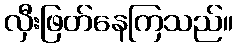
လှီးဖြတ်နေကြသည်။